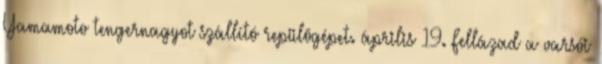
Yamamoto tengernagyot szállító repülõgépet. április 19. Fellázad a varsói